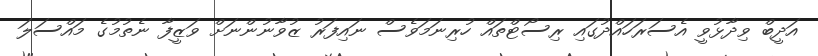
އަދީބް ވިދާޅުވީ އެސަރަހައްދުގައި ރިސޯޓްތައް ހުރިނަމަވެސް ނައިފަރު ޒުވާނުންނަށް ވަޒީފާ ނެތުމުގެ މައްސަލަ